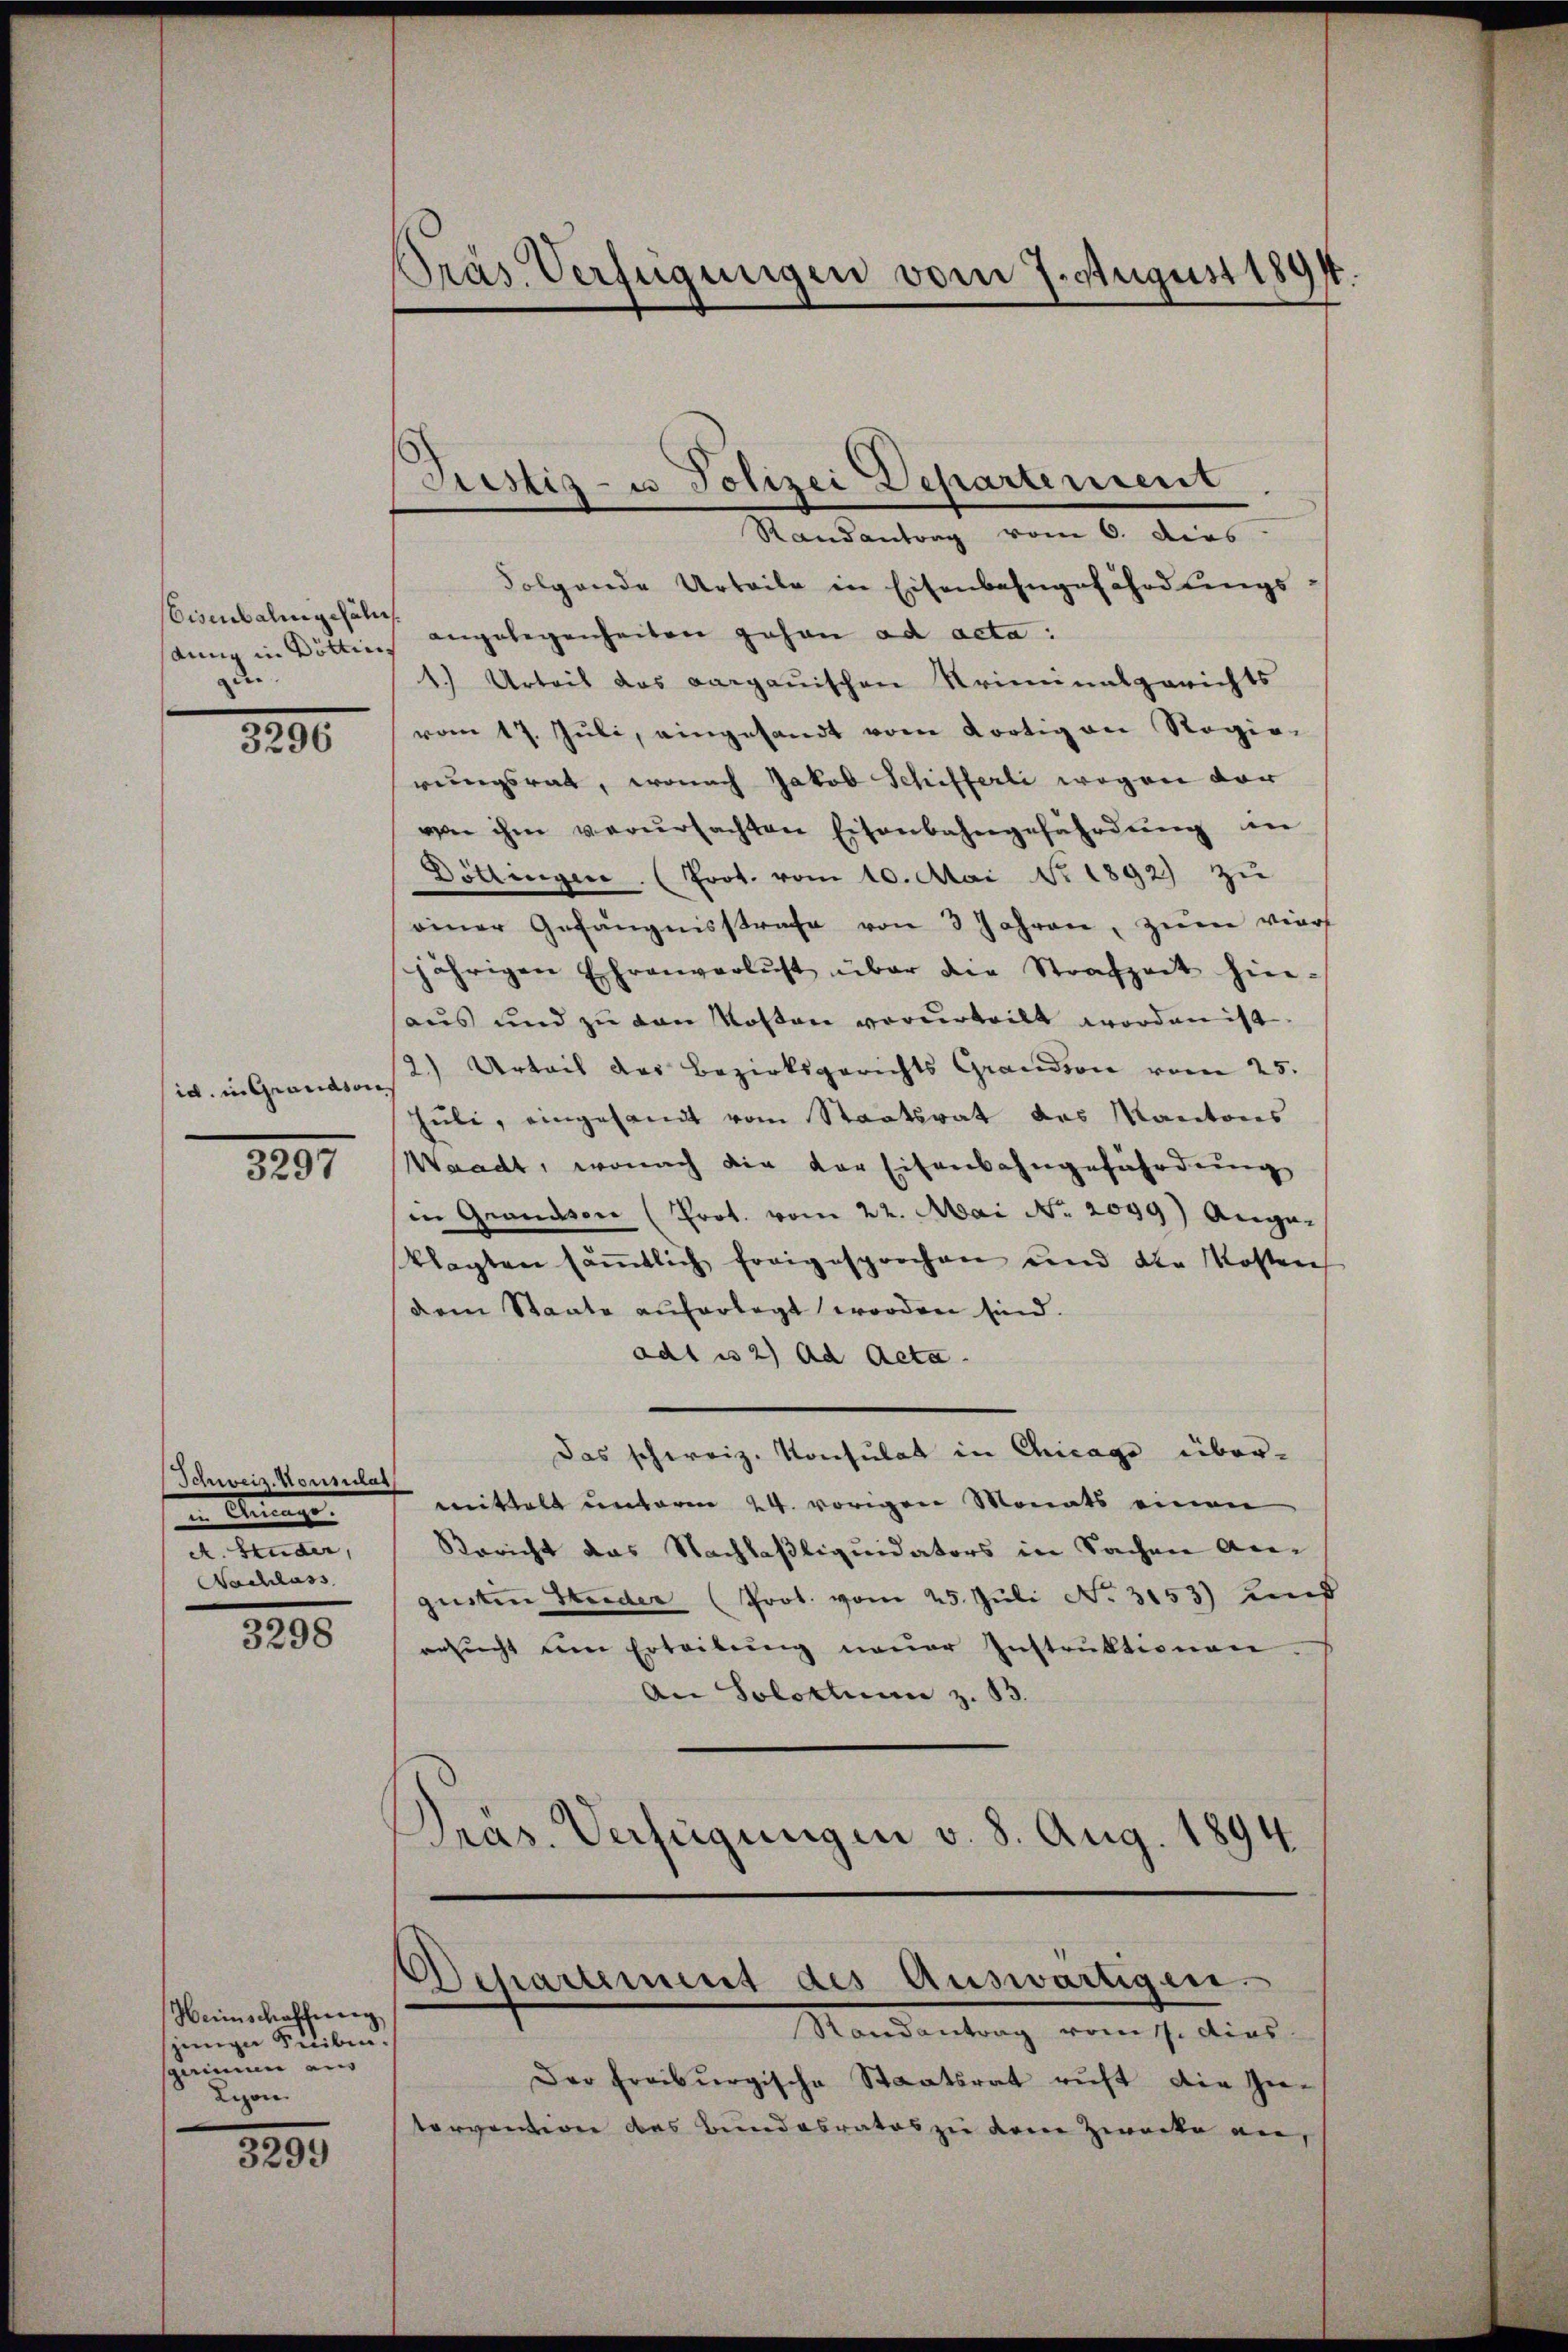
Eisenbalingehäl
dung in Döttini,
guen

190
32

id. in Grandson

3297

Schweiz. Konsulat
in Ange
A. Studer,
Nachlass

3298

Heimschaffnen
jenige Freiben.
sperinen aus
Lipon

829

Präs. Verfügungen vom 7. August 1894.

Justiz- u. Polizei Departement.

Randantrag vom 6. dies
Folgende Urteile in Eisenbahngefährdungs-
angelegenheiten gehan ad acta:
1.) Urteil das aargauischen Kriminalgerichts
vom 17. Juli, eingesandt vom dortig an Regierungsrat, wonach Jakob Schifferli wegen vor
vne ihm verŭrsachten Eisenbahngefährdŭng im
Döttingen. (Prot. vom 10. Mai No 1892) zŭ
einer Gefängnisstrafe von 3 Jahren, zum vier
jährigen Ehrenverlust über die Strafzeit hier-
aŭs und zŭ von Kosten verurteilt worden ist.
2.) Urteil des Bezirksgerichts Grandson vom 25.
Juli, eingesandt vom Staatsrat des Kantores
Waadt, wonach die der Eisenbahngefährdung
in Grandson (Prot. vom 22. Mai No. 2099) Augu-
klagten sämmtlich freigesprochen und die Kosten
dem Staate auferlegt worden sind.
ad1 u 2) ad Acta.
Das schweiz. Konsulat in Chicago über-
mittelt unterm 24. vorigen Monats einen
Bericht das Nachlaßliquidators in Sachen An-
genten Seider (Prot. vom 25. Juli No 3153) und
ansucht um Erteibung neuer Instruktionen
An Solothurn z. 83.
Präs. Verfügungen v. 8. Aug. 1894.

Departement des Auswärtigen.
Randantrag vom 7. dies

Der Freiburgische Staatsrat ruft die hie-
tervention des Bundesratos zu dem Zwecke an,